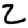
Digit: 2